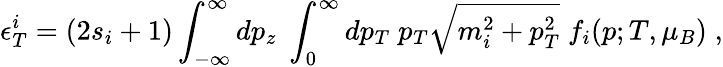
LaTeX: \epsilon_{T}^{i}=(2s_{i}+1)\int_{-\infty}^{\infty}dp_{z}\; \int_{0}^{\infty}dp_{T}\; p_{T}\sqrt{m_{i}^{2}+p_{T}^{2}}\; f_{i}(p;T,\mu_{B})\; ,